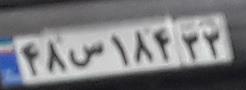
۴۸س۱۸۴۳۳